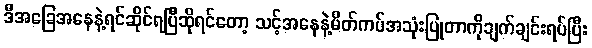
ဒီအခြေအနေနဲ့ရင်ဆိုင်ရပြီဆိုရင်တော့ သင့်အနေနဲ့မိတ်ကပ်အသုံးပြုတာကိုချက်ချင်းရပ်ပြီး